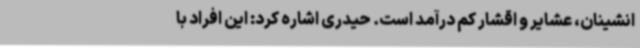
انشینان، عشایر و اقشار کم درآمد است. حیدری اشاره کرد: این افراد با